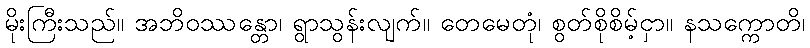
မိုးကြီးသည်။ အဘိဝဿန္တော၊ ရွာသွန်းလျက်။ တေမေတုံ၊ စွတ်စိုစိမ့်ငှာ။ နသက္ကောတိ၊